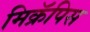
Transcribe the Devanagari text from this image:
मिक्रॅपिस